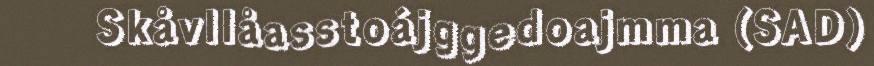
Skåvllåasstoájggedoajmma (SAD)